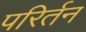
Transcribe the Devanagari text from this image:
परिर्तन